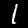
Label: 1